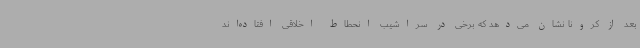
بعد از کرونا نشان می‌دهد که برخی در سراشیب انحطاط اخلاقی افتاده‌اند